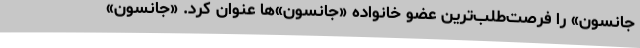
جانسون» را فرصت‌طلب‌ترین عضو خانواده «جانسون»‌ها عنوان کرد. «‌جانسون»